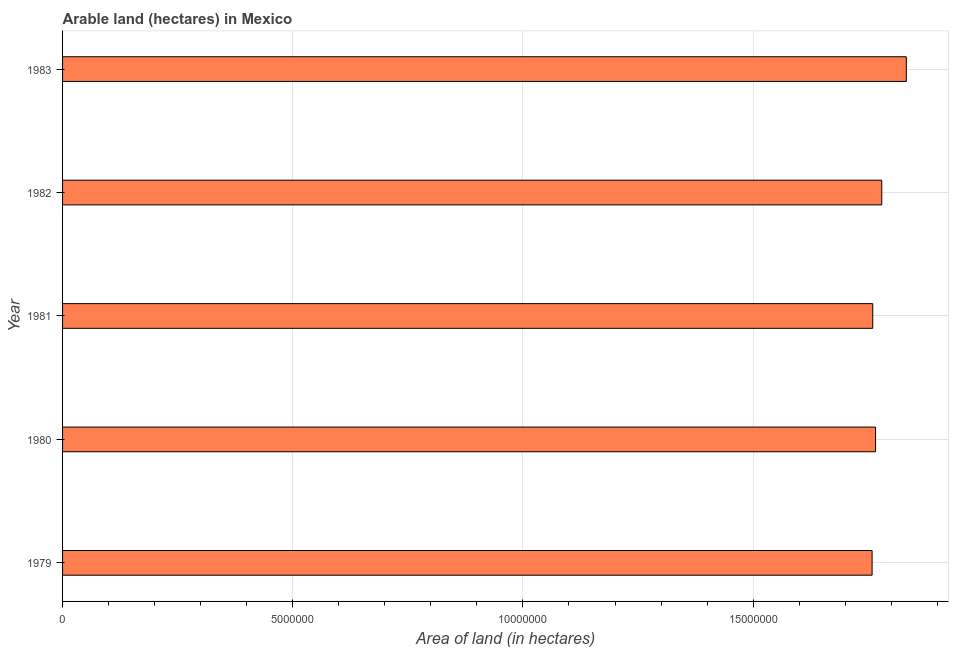
| Year | Area of land |
 | --- | --- |
 | 1979 | 1.76e+07 |
 | 1980 | 1.77e+07 |
 | 1981 | 1.76e+07 |
 | 1982 | 1.78e+07 |
 | 1983 | 1.83e+07 |